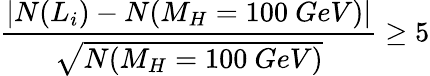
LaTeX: {\frac{|N(L_{i})-N(M_{H}=100~GeV)|}{\sqrt{N(M_{H}=100~GeV)}}}\geq 5